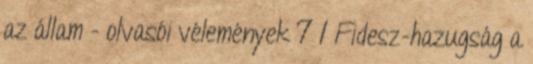
az állam - olvasói vélemények 7 1 Fidesz-hazugság a